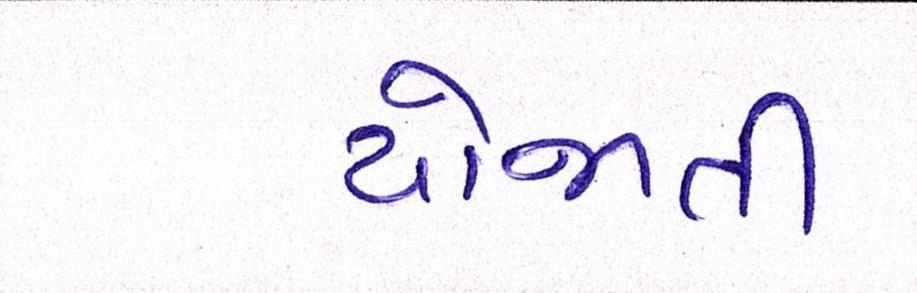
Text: યોજાતી